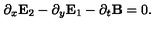
\partial _ { x } { \bf E } _ { 2 } - \partial _ { y } { \bf E } _ { 1 } - \partial _ { t } { \bf B } = 0 .